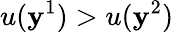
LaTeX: u(\mathbf{y}^{1})>u(\mathbf{y}^{2})